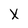
Character: X